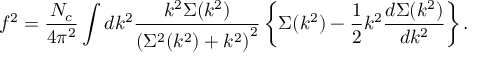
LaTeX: f ^ { 2 } = { \frac { N _ { c } } { 4 \pi ^ { 2 } } } \int d k ^ { 2 } { \frac { k ^ { 2 } \Sigma ( k ^ { 2 } ) } { \left( \Sigma ^ { 2 } ( k ^ { 2 } ) + k ^ { 2 } \right) ^ { 2 } } } \left\{ \Sigma ( k ^ { 2 } ) - { \frac { 1 } { 2 } } k ^ { 2 } { \frac { d \Sigma ( k ^ { 2 } ) } { d k ^ { 2 } } } \right\} .